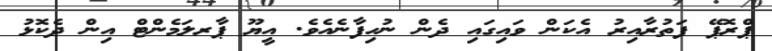
ޕްރޮޕޭ ފަތުރާއިރު އެކަން ވައިގައި ދެން ނުހިފާނެއެވެ. އީޔޫ ޕާރލަމެންޓް އިން ދެކޮޅު